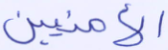
الآمنين